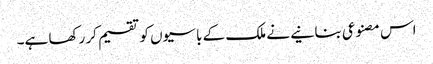
اس مصنوعی بنانیے نے ملک کے باسیوں کو تقسیم کر رکھا ہے۔